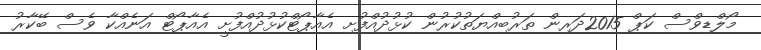
މޯލްޑިވްސް ކަޕް 2015ދަރިން ތަރުބިއްޔަތުކުރުން ކުޅުދުއްފުށި އެއާޕޯޓްކުޅުދުއްފުށީ އެއާޕޯޓް އަނެއްކާ ވެސް ބޭކާރު